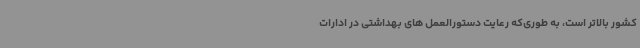
کشور بالاتر است، به ‌طوری‌که رعایت دستورالعمل های بهداشتی در ادارات